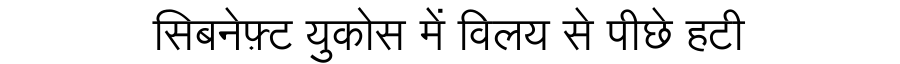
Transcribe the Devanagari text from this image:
सिबनेफ़्ट युकोस में विलय से पीछे हटी